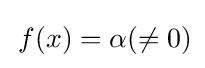
\,f(x)=\alpha (\neq 0)